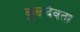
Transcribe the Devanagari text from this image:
कुळदेवता